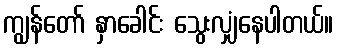
ကျွန်တော် နှာခေါင်း သွေးလျှံနေပါတယ်။